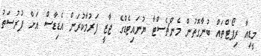
މީޑިއާ ރިޕޯޓްތައް ބުނާގޮތުން މެންޗެސްޓާ ޔުނައިޓެޑްގެ ޖާޒީ ފަރުމާކުރަން އެޑިޑާސް އަށް ފުރުސަތު